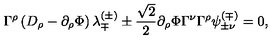
\Gamma ^ { \rho } \left( D _ { \rho } - \partial _ { \rho } \Phi \right) \lambda _ { \mp } ^ { ( \pm ) } \pm { \frac { \sqrt { 2 } } { 2 } } \partial _ { \rho } \Phi \Gamma ^ { \nu } \Gamma ^ { \rho } \psi _ { \pm \nu } ^ { ( \mp ) } = 0 ,